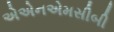
એએનએમસીબી